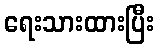
ရေးသားထားပြီး